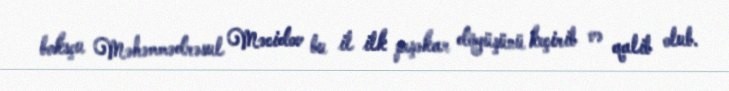
boksçu Məhəmmədrəsul Məcidov bu il ilk peşəkar döyüşünü keçirib və qalib olub.